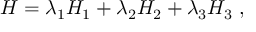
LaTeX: H = \lambda _ { 1 } H _ { 1 } + \lambda _ { 2 } H _ { 2 } + \lambda _ { 3 } H _ { 3 } \; ,